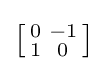
{\bigl [}{\begin{smallmatrix}0&-1\\1&0\end{smallmatrix}}{\bigr ]}